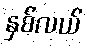
နှစ်လယ်